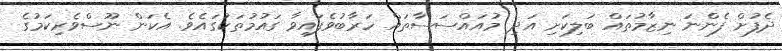
ދެފުށް ފެންނަ ނިޒާމުތައް ބަލިކަށި އަދި މުއައްސަސާތައް ހަރާބުވެފައިވާ ގައުމުތަކުގައެވެ. އެކަން ނޫސްވެރިކަމުގެ